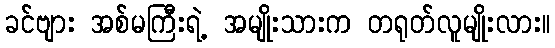
ခင်ဗျား အစ်မကြီးရဲ့ အမျိုးသားက တရုတ်လူမျိုးလား။